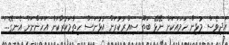
އަދިވެސް މުޅިން ހަމައަކަށް ނޭޅޭ ބަތޫ ސިއްރުކުރަން އުޅުނަސް ހިތާމަކުރާކަން އަހަންނަށް އެނގޭ...''